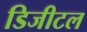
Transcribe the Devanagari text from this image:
डिजीटल